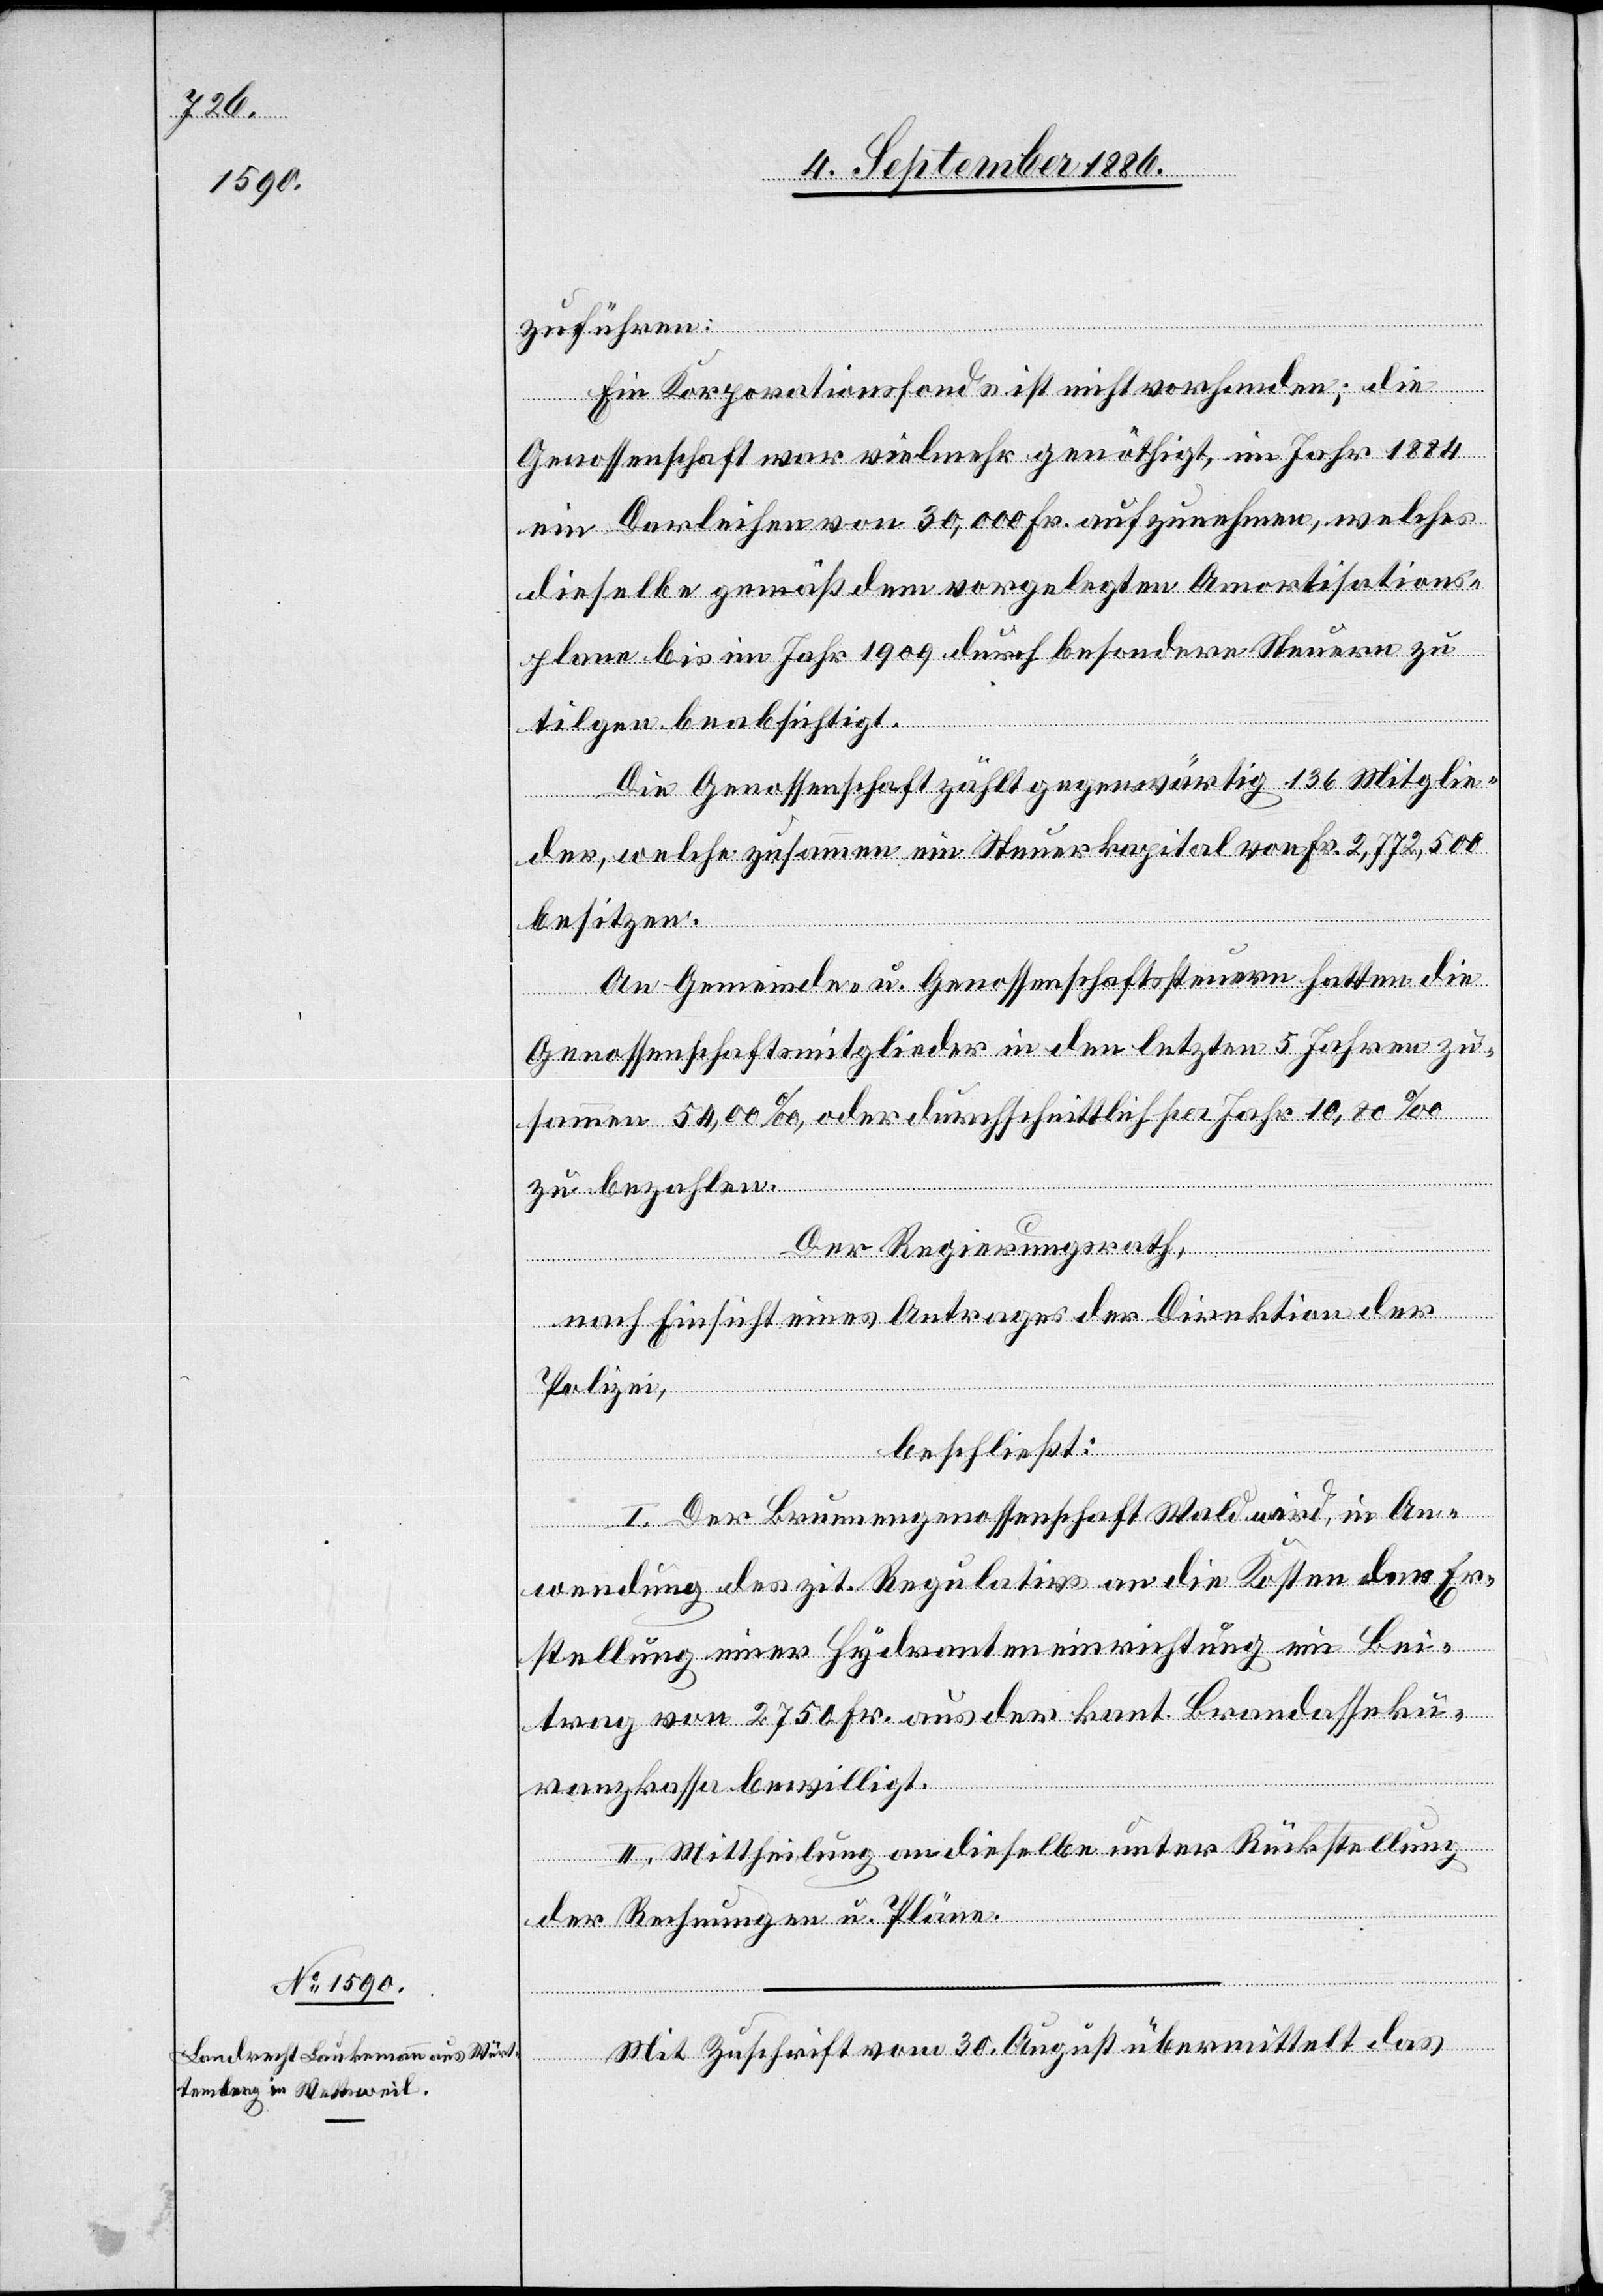
zuführen:
Ein Korporationsfonds ist nicht vorhanden; die
Genossenschaft war vielmehr genöthigt, im Jahr 1884
ein Darleihen von 30,000 Fr. aufzunehmen, welches
dieselbe gemäß dem vorgelegten Amortisations¬
plane bis ins Jahr 1909 durch besondere Steuern zu
tilgen beabsichtigt.
Die Genossenschaft zählt gegenwärtig 136 Mitglie¬
der, welche zusammen ein Steuerkapital von Fr. 2,772,500
besitzen.
An Gemeinde- u. Genossenschaftssteuern hatten die
Genossenschaftsmitglieder in den letzten 5 Jahren zu¬
sammen 54,00‰, oder durchschnittlich per Jahr 10,80‰
zu bezahlen.
Der Regierungsrath,
nach Einsicht eines Antrages der Direktion der
Polizei,
beschließt:
I. Der Brunnengenossenschaft Wald wird, in An¬
wendung des zit. Regulativs an die Kosten der Er¬
stellung einer Hydranteneinrichtung ein Bei¬
trag von 2750 Fr. aus der kant. Brandasseku¬
ranzkassa bewilligt.
II. Mittheilung an dieselbe unter Rückstellung
der Rechnungen u. Pläne.
Mit Zuschrift vom 30. August übermittelt das